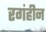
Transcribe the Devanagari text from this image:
रगंहीन